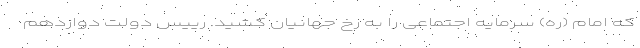
که امام (ره) سرمایه اجتماعی را به رخ جهانیان کشید. رییس دولت دوازدهم